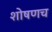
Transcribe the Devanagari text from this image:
शोषणच